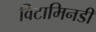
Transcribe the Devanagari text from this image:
विटामिनडी